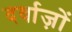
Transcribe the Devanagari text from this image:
दर्वाज़ों